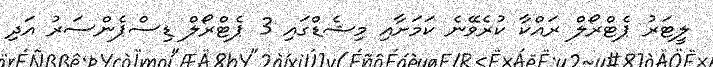
ލީޓަރު ޕެޓްރޯލް ރައްކާ ކުރެވޭނެ ކަމަށާއި މިޝެޑްގައި 3 ޕެޓްރޯލް ޑިސްޕެންސަރު އަދި